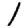
Digit: 1